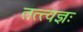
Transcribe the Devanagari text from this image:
तत्त्वज्ञः